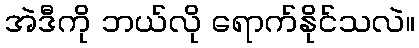
အဲဒီကို ဘယ်လို ရောက်နိုင်သလဲ။